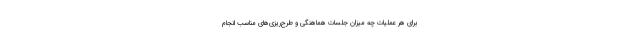
برای هر عملیات چه میزان جلسات هماهنگی و طرح‌ریزی‌های مناسب انجام